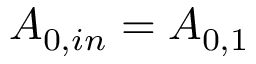
A _ { 0 , i n } = A _ { 0 , 1 }